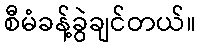
စီမံခန့်ခွဲချင်တယ်။